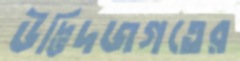
উদ্ভিদজগতের